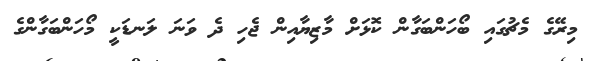
މިރޭގެ މެޗުގައި ބޯހަންބަގާން ކޮޅަށް މާޒިޔާއިން ޖެހި ދެ ވަނަ ލަނޑަކީ މޯހަންބަގާންގެ